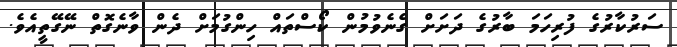
ސަރުކާރުގެ ފުރިހަމަ ބާރުގެ ދަށަށް ގެނެވުމުން ކޯސްތައް ހިންގުމަށް ދެން ވާނެގޮތް ނޭގޭތީއެވެ.